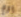
يوم